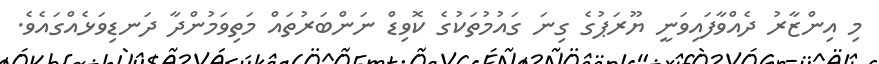
މި އިންޒާރު ދެއްވާފައިވަނީ ޔޫރަޕުގެ ގިނަ ގައުމުތަކުގެ ކޮވިޑް ނަންބަރުތައް މަތިވަމުންދާ ދަނޑިވަޅެއްގައެވެ.